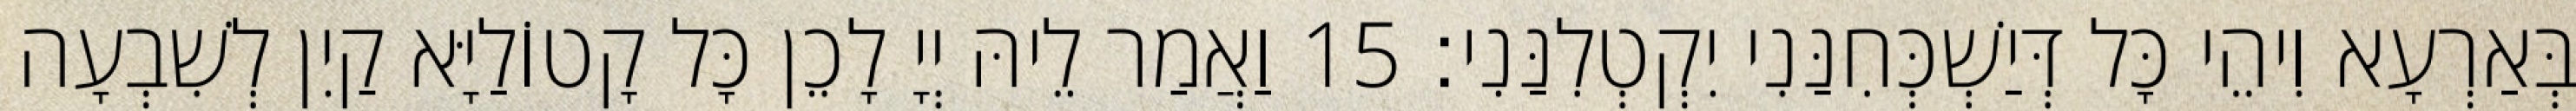
בְּאַרְעָא וִיהֵי כָּל דְּיַשְׁכְּחִנַּנִי יִקְטְלִנַּנִי׃ 15 וַאֲמַר לֵיהּ יְיָ לָכֵן כָּל קָטוֹלַיָּא קַיִן לְשִׁבְעָה